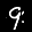
Label: 9